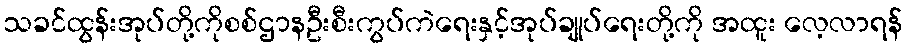
သခင်ထွန်းအုပ်တို့ကိုစစ်ဌာနဦးစီးကွပ်ကဲရေးနှင့်အုပ်ချုပ်ရေးတို့ကို အထူး လေ့လာရန်